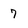
Character: 7